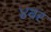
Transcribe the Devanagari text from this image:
४वर